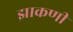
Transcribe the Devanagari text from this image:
झाकणी